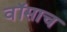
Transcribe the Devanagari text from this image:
वॉसाच